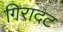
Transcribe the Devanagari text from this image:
गिरादट